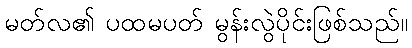
မတ်လ၏ ပထမပတ် မွန်းလွဲပိုင်းဖြစ်သည်။